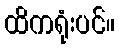
ထိကရုံးပင်။